Annual report on the working of the mental hospitals in the Madras Presidency - 1912-1932
Year: 1912
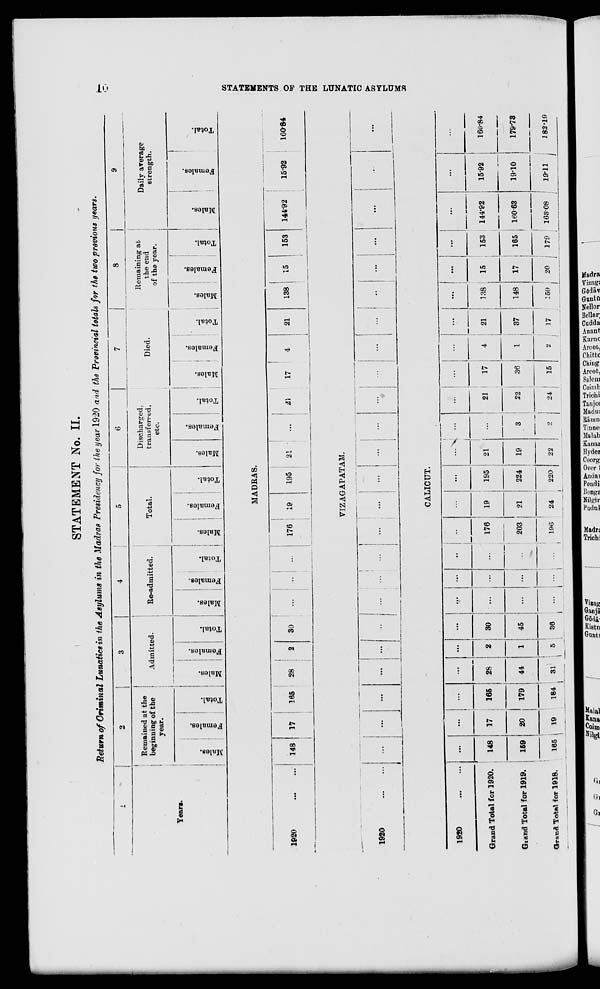
10
STATEMENTS OF THE LUNATIC ASYLUMS
STATEMENT No. II.
Return of Criminal Lunatics in the Asylums in the Madras Presidency for the year 1920 and the Provincial totals for the two previous years.
Years.
2
Remained at the
beginning of the
year.
Males.
Females.
Total.
3
Admitted.
Males.
Females.
Total.
4
Re-admitted.
Males.
Females.
Total.
5
Total.
Males.
Females.
Total.
6
Discharged,
transferred,
etc.
Males.
Females.
Total.
7
Died.
Males.
Females.
Total.
8
Remaining at
the end
of the year.
Males.
Females.
Total.
9
Daily average
strength.
Males.
Females.
Total.
MADRAS.
1920
...
...
148
17
165
28
2
30
...
... ...
176
19
195
21
...
21
17
4
21
138
15
153
144.92
15.92
160.84
VIZAGAPATAM.
1920
...
...
...
...
...
...
...
...
...
... ...
...
...
...
...
...
...
...
...
... ...
...
...
...
...
...
CALICUT.
1920
...
...
Grand Total for 1920.
Grand Total for 1919.
Grand Total for 1918.
...
148
159
165
...
17
20
19
...
165
179
184
...
28
44
31
...
2
1
5
...
30
45
36
...
...
...
...
...
...
...
...
...
...
....
...
...
176
203
196
...
19
21
24
...
195
224
220
...
21
19
22
...
...
3
2
...
21
22
24
...
17
36
15
...
4
1
2
...
21
37
17
...
138
148
159
...
15
17
20
...
153
165
179
...
144.92
160.63
163.08
...
15.92
19.10
19.11
...
160.84
179.73
182.19